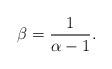
LaTeX: \begin{align*} \beta=\frac{1}{\alpha-1}.\end{align*}